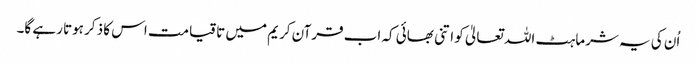
اُن کی یہ شرماہٹ اللہ تعالیٰ کو اتنی بھائی کہ اب قرآن کریم میں تا قیامت اس کا ذکر ہوتا رہے گا۔